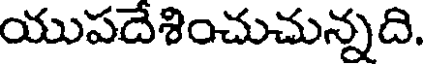
యుపదేశించుచున్నది.